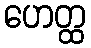
ဟေတ္ထ